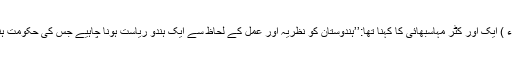
(لوک مانیہ تلک 1980ء ) ایک اور کٹر مہاسبھائی کا کہنا تھا:’’ہندوستان کو نظریہ اور عمل کے لحاظ سے ایک ہندو ریاست ہونا چاہیے جس کی حکومت ہندوؤں کے ہاتھ میں ہو‘‘۔